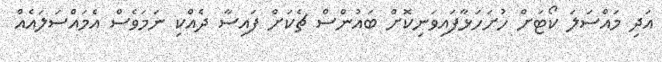
އަދި މައްސަލަ ކޯޓަށް ހުށަހަޅާފައިވަނިކޮށް ބައުންސް ޗެކަށް ފައިސާ ދެއްކި ނަމަވެސް އެމައްސަލައެއް